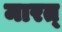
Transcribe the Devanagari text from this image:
मारत्